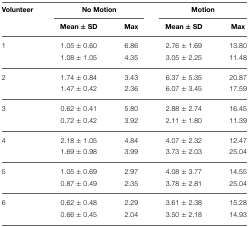
<table><thead><tr><td><b>Volunteer</b></td><td colspan="2"><b>No Motion</b></td><td colspan="2"><b>Motion</b></td></tr><tr><td></td><td><b>Mean ± SD</b></td><td><b>Max</b></td><td><b>Mean ± SD</b></td><td><b>Max</b></td></tr></thead><tbody><tr><td>1</td><td>1.05 ± 0.60</td><td>6.86</td><td>2.76 ± 1.69</td><td>13.80</td></tr><tr><td></td><td>1.08 ± 1.05</td><td>4.35</td><td>3.05 ± 2.25</td><td>11.48</td></tr><tr><td>2</td><td>1.74 ± 0.84</td><td>3.43</td><td>6.37 ± 5.35</td><td>20.87</td></tr><tr><td></td><td>1.47 ± 0.42</td><td>2.36</td><td>6.07 ± 3.45</td><td>17.59</td></tr><tr><td>3</td><td>0.62 ± 0.41</td><td>5.80</td><td>2.88 ± 2.74</td><td>16.45</td></tr><tr><td></td><td>0.72 ± 0.42</td><td>3.92</td><td>2.11 ± 1.80</td><td>11.39</td></tr><tr><td>4</td><td>2.18 ± 1.05</td><td>4.84</td><td>4.07 ± 2.32</td><td>12.47</td></tr><tr><td></td><td>1.69 ± 0.98</td><td>3.99</td><td>3.73 ± 2.03</td><td>25.04</td></tr><tr><td>5</td><td>1.05 ± 0.69</td><td>2.97</td><td>4.08 ± 3.77</td><td>14.55</td></tr><tr><td></td><td>0.87 ± 0.49</td><td>2.35</td><td>3.78 ± 2.81</td><td>25.04</td></tr><tr><td>6</td><td>0.62 ± 0.48</td><td>2.29</td><td>3.61 ± 2.38</td><td>15.28</td></tr><tr><td></td><td>0.66 ± 0.45</td><td>2.04</td><td>3.50 ± 2.18</td><td>14.93</td></tr></tbody></table>